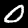
Digit: 0